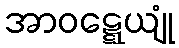
အာဝဋ္ဋေယျုံ